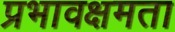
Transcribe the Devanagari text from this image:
प्रभावक्षमता